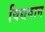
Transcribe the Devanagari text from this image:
विद्यवान